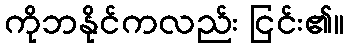
ကိုဘနိုင်ကလည်း ငြင်း၏။